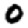
Digit: 0